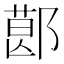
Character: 𨝥